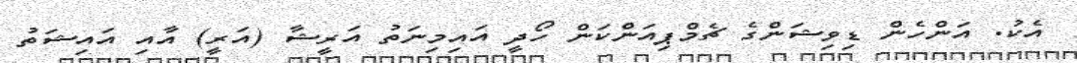
އެކު. އަންހެން ޑިވިޝަންގެ ޗެމްޕިއަންކަން ހޯދީ އައިމިނަތު އަރީޝާ (އަރީ) އާއި އައިޝަތު